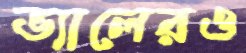
ভ্যালেরও